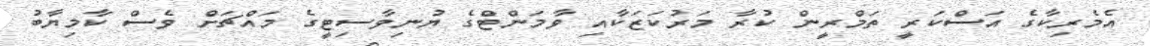
އެމެރިކާގެ އަސްކަރީ ތަމްރީން ކުރާ މަރުކަޒަކާއި ވާމަންޓްގެ ޔުނިވާސިޓީގެ މައްޗަށް ވެސް ކާމިޔާބު